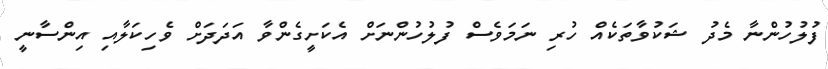
ފުލުހުންނާ މެދު ޝަކުވާތަކެއް ހުރި ނަމަވެސް ފުލުހުންނަށް އެކަށީގެންވާ އަދަދަށް ވެހިކަލާއި އިންސާނީ